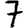
Digit: 7